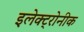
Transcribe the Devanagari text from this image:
इलेक्ट्रोनीक